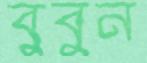
বুবুন